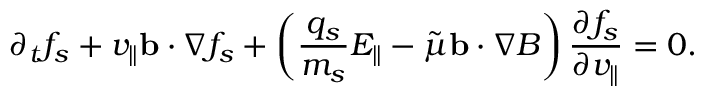
\partial _ { t } f _ { s } + v _ { \parallel } \mathbf { b } \cdot \nabla f _ { s } + \left( \frac { q _ { s } } { m _ { s } } E _ { \parallel } - \tilde { \mu } \mathbf { b } \cdot \nabla B \right) \frac { \partial f _ { s } } { \partial v _ { \parallel } } = 0 .